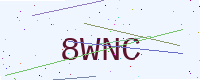
Text: 8WNC